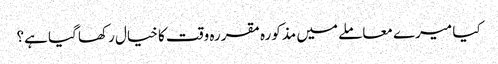
کیا میرے معاملے میں مذکورہ مقررہ وقت کا خیال رکھا گیا ہے؟